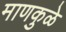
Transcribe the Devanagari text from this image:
माणकुळे